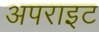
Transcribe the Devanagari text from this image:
अपराइट